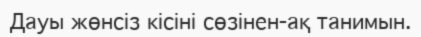
Дауы жөнсіз кісіні сөзінен-ақ танимын.